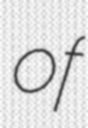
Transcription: of